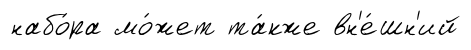
набо́ра мо́жет та́кже вн'е́шн'ий